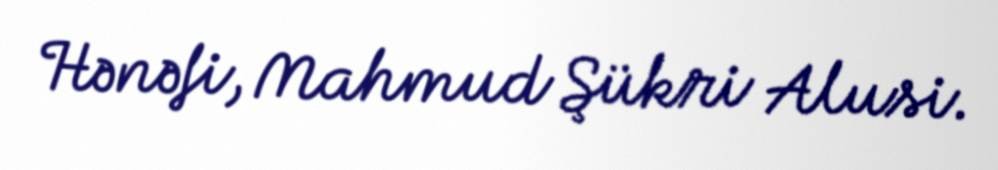
Hənəfi, Mahmud Şükri Alusi.